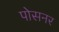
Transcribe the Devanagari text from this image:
पोसनर